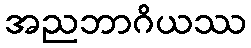
အညဘာဂိယဿ